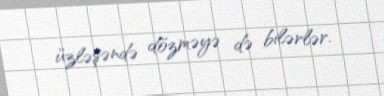
üzləşəndə dözməyə də bilərlər.